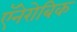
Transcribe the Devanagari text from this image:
ऍनेरोबिक